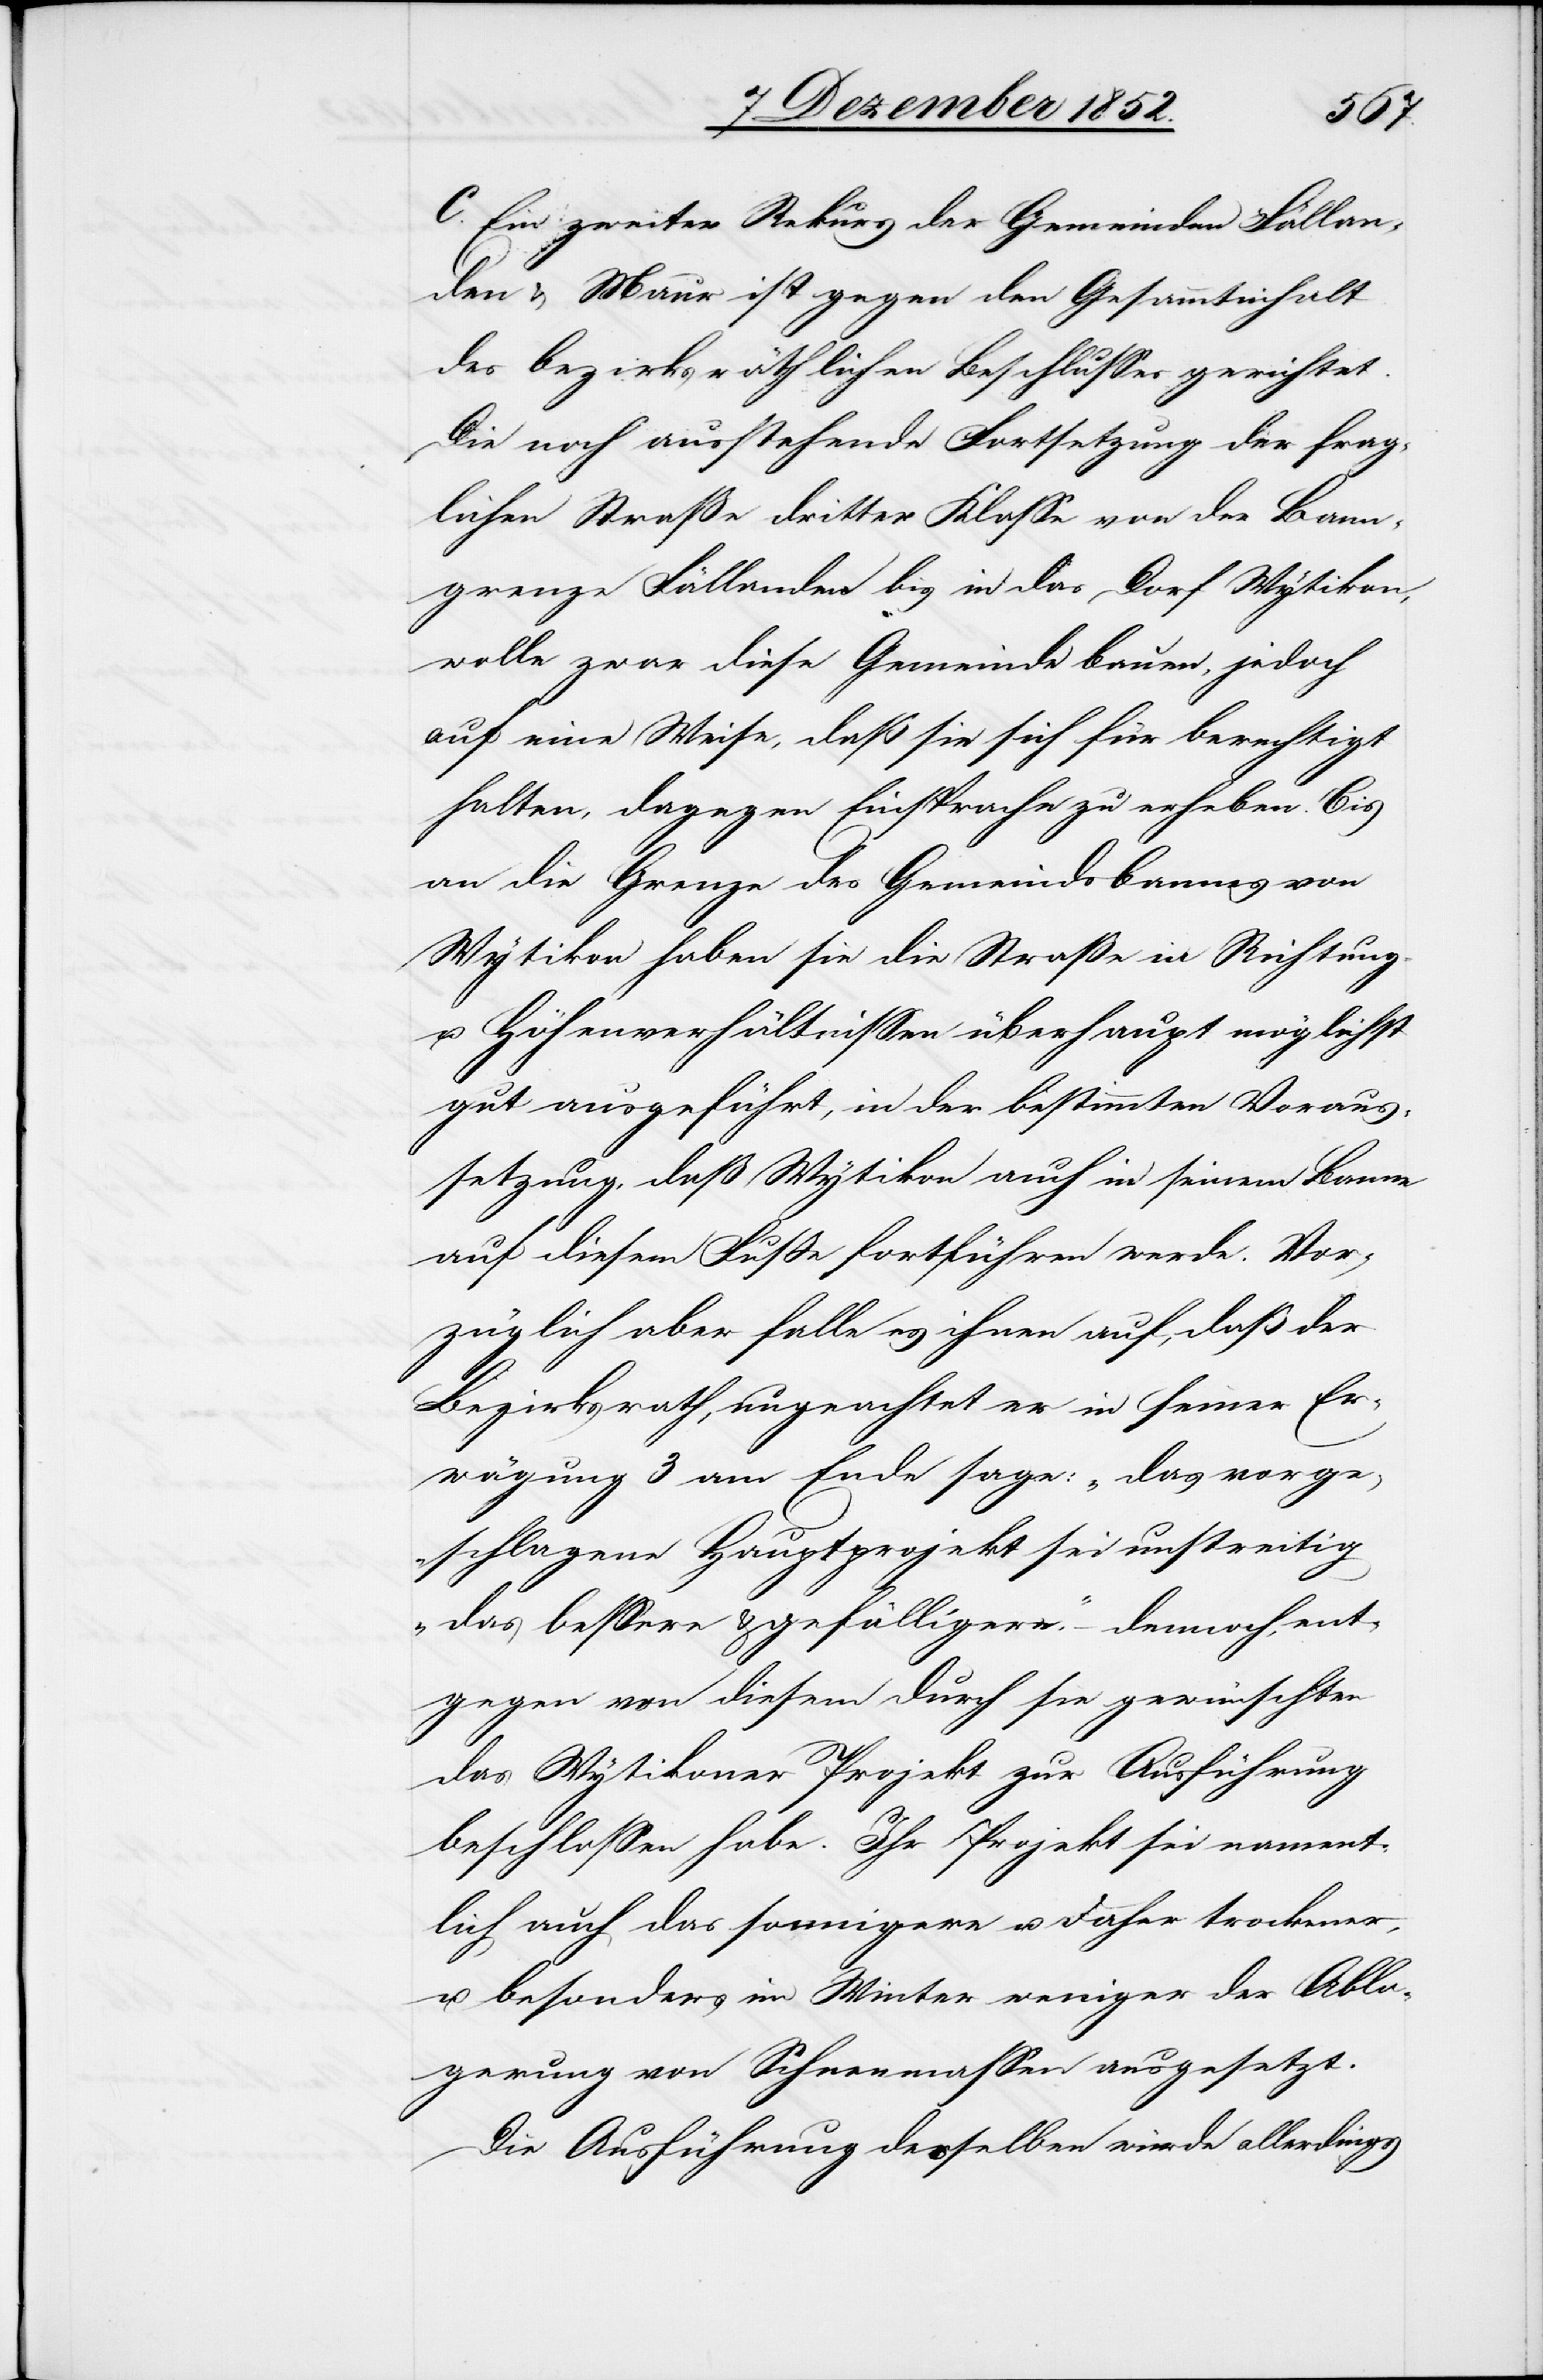
C. Ein zweiter Rekurs der Gemeinden Fällan¬
den & Maur ist gegen den Gesammtinhalt
des bezirksräthlichen Beschlusses gerichtet.
Die noch ausstehende Fortsetzung der frag¬
lichen Straße dritter Klasse von der Bann¬
grenze Fällanden bis in das Dorf Wytikon,
wolle zwar diese Gemeinde bauen, jedoch
auf eine Weise, daß sie sich für berechtigt
halten, dagegen Einsprache zu erheben. Bis
an die Grenze des Gemeindsbannes von
Wytikon haben sie die Straße in Richtung
u. Höhenverhältnissen überhaupt möglichst
gut ausgeführt, in der bestimmten Voraus¬
setzung, daß Wytikon auch in seinem Banne
auf diesem Fuße fortführen werde. Vor¬
züglich aber falle es ihnen auf, daß der
Bezirksrath, ungeachtet er in seiner Er¬
wägung 3 am Ende sage: „das vorge¬
schlagene Hauptprojekt sei unstreitig
das bessere & gefälligere.“ – dennoch, ent¬
gegen von diesem durch sie gewünschten
das Wytikoner Projekt zur Ausführung
beschlossen habe. Ihr Projekt sei nament¬
lich auch das sonnigere u. daher trockener,
u. besonders im Winter weniger der Abla¬
gerung von Schneemassen ausgesetzt.
Die Ausführung desselben würde allerdings